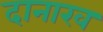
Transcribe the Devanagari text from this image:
दानाख